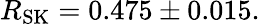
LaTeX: R_{\mathrm{SK}}=0.475\pm 0.015.